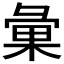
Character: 𢑥